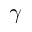
\gamma